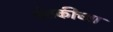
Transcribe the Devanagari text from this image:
शेतकीच्या